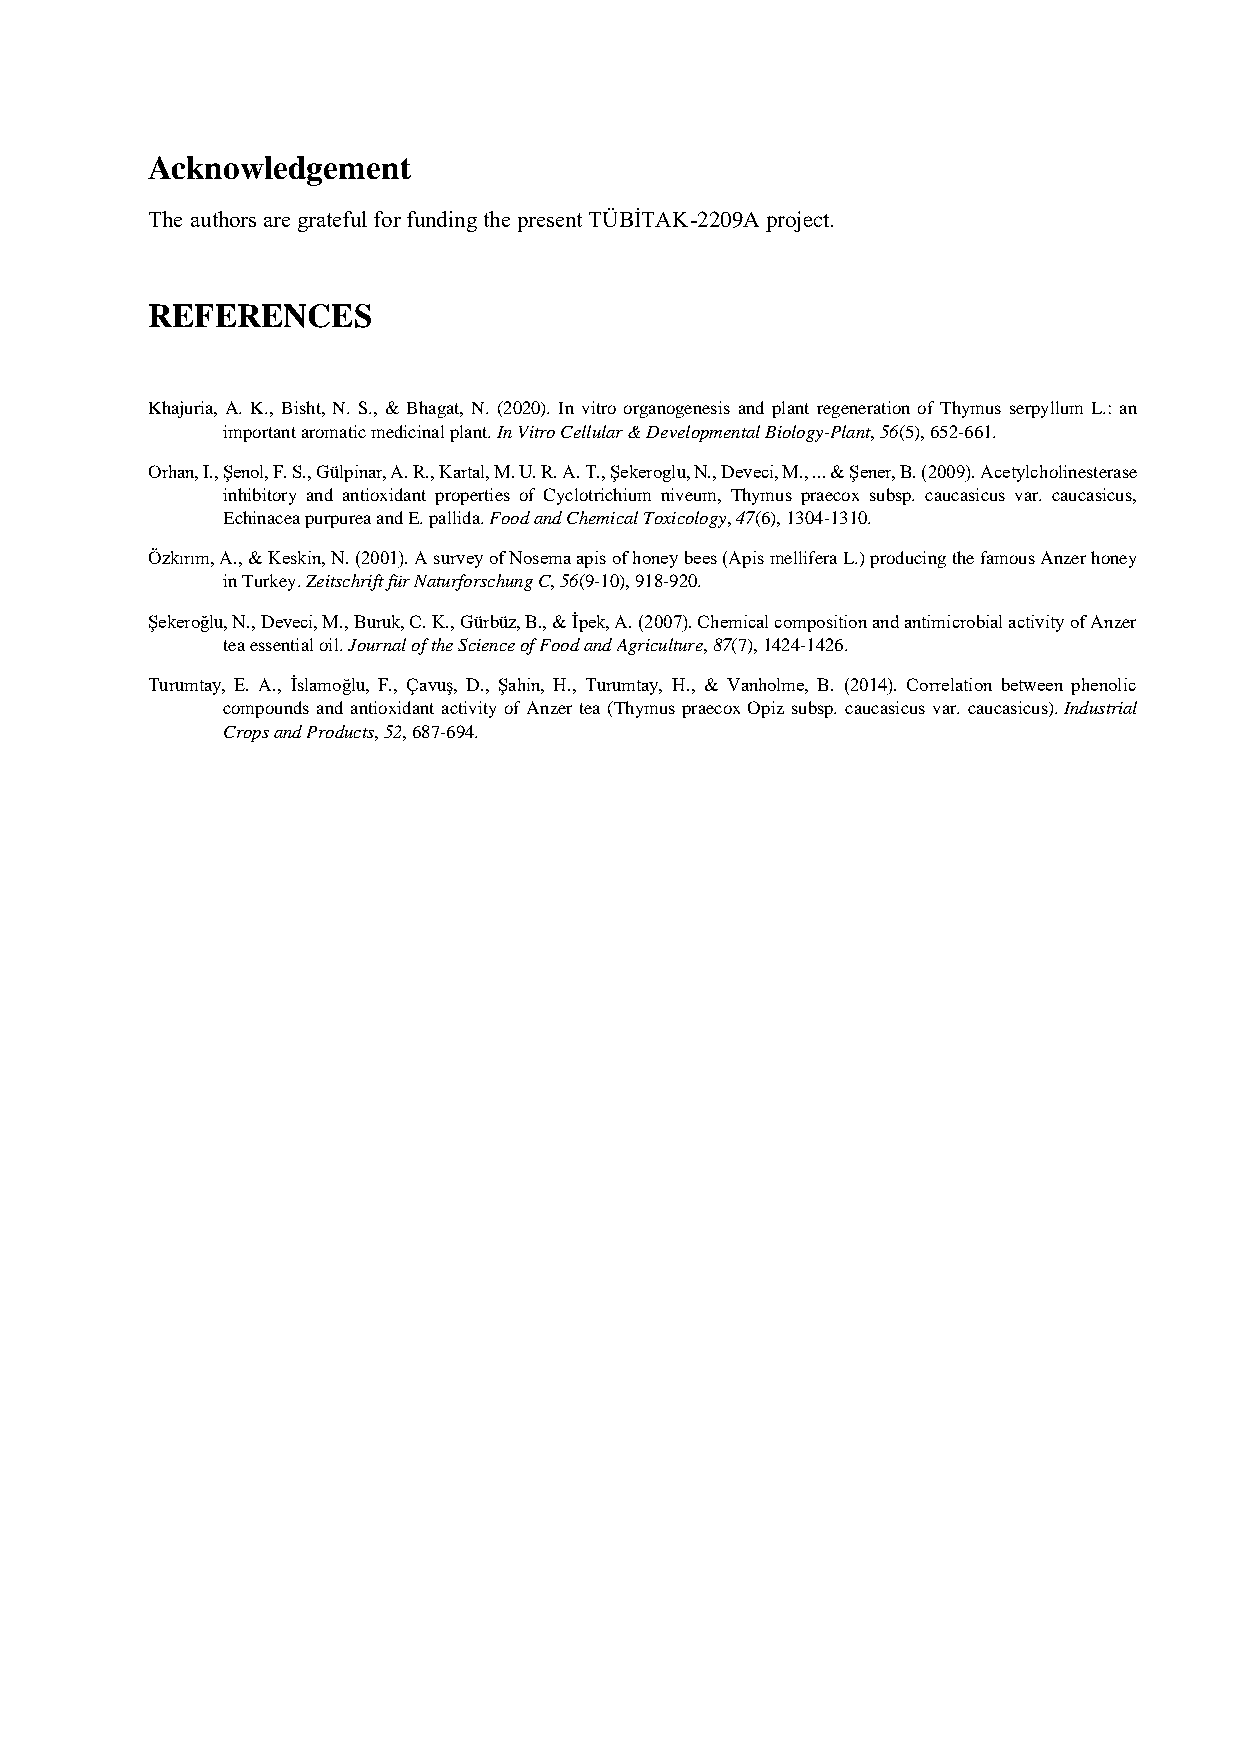
Acknowledgement
 The authors are grateful for funding the present TÜBİTAK-2209A project.
 REFERENCES
 Khajuria, A. K., Bisht, N. S., & Bhagat, N. (2020). In vitro organogenesis and plant regeneration of Thymus serpyllum L.: an
 important aromatic medicinal plant. In Vitro Cellular & Developmental Biology-Plant, 56(5), 652-661.
 Orhan, I., Şenol, F. S., Gülpinar, A. R., Kartal, M. U. R. A. T., Şekeroglu, N., Deveci, M., ... & Şener, B. (2009). Acetylcholinesterase
 inhibitory and antioxidant properties of Cyclotrichium niveum, Thymus praecox subsp. caucasicus var. caucasicus,
 Echinacea purpurea and E. pallida. Food and Chemical Toxicology, 47(6), 1304-1310.
 Özkırım, A., & Keskin, N. (2001). A survey of Nosema apis of honey bees (Apis mellifera L.) producing the famous Anzer honey
 in Turkey. Zeitschrift für Naturforschung C, 56(9-10), 918-920.
 Şekeroǧlu, N., Deveci, M., Buruk, C. K., Gürbüz, B., & İpek, A. (2007). Chemical composition and antimicrobial activity of Anzer
 tea essential oil. Journal of the Science of Food and Agriculture, 87(7), 1424-1426.
 Turumtay, E. A., İslamoğlu, F., Çavuş, D., Şahin, H., Turumtay, H., & Vanholme, B. (2014). Correlation between phenolic
 compounds and antioxidant activity of Anzer tea (Thymus praecox Opiz subsp. caucasicus var. caucasicus). Industrial
 Crops and Products, 52, 687-694.